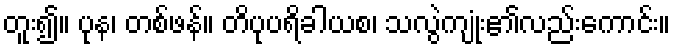
တူး၍။ ပုန၊ တစ်ဖန်။ တိပုပရိခါယစ၊ သလွဲကျုံး၏လည်းကောင်း။